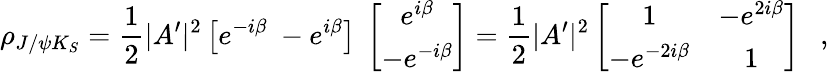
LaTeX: \rho_{J/\psi K_{S}}=\frac{1}{2}|A^{\prime}|^{2}\left[e^{-i\beta}~-e^{i\beta}\right]~\left[\begin{array}{c}{{e^{i\beta}}}\\ {{-e^{-i\beta}}}\end{array}\right]=\frac{1}{2}|A^{\prime}|^{2}\left[\begin{array}{cc}{{1}}&{{-e^{2i\beta}}}\\ {{-e^{-2i\beta}}}&{{1}}\end{array}\right]~~~,